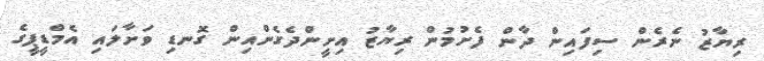
ރިޔާޒު ނެރެން ސިފައިން ދާން ފެށުމުން ރިޔާޒު އިށީންދެގެންއިން ގޮނޑި ވަށާލައި އެމްޑީޕީގެ